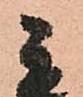
秀